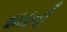
શાહની